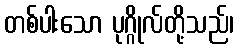
တစ်ပါးသော ပုဂ္ဂိုလ်တို့သည်၊